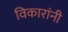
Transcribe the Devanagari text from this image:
विकारांनी